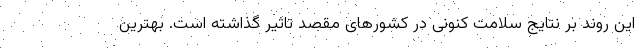
این روند بر نتایج سلامت کنونی در کشورهای مقصد تاثیر گذاشته است. بهترین